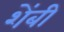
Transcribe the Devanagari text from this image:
शेंबी